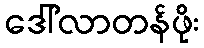
ဒေါ်လာတန်ဖိုး